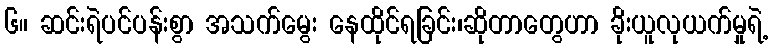
၆။ ဆင်းရဲပင်ပန်းစွာ အသက်မွေး နေထိုင်ရခြင်း၊ဆိုတာတွေဟာ ခိုးယူလုယက်မှုရဲ့